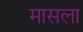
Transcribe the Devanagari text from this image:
मासला